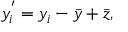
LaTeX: y _ { i } ^ { ' } = y _ { i } - { \bar { y } } + { \bar { z } } ,